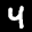
Label: 4